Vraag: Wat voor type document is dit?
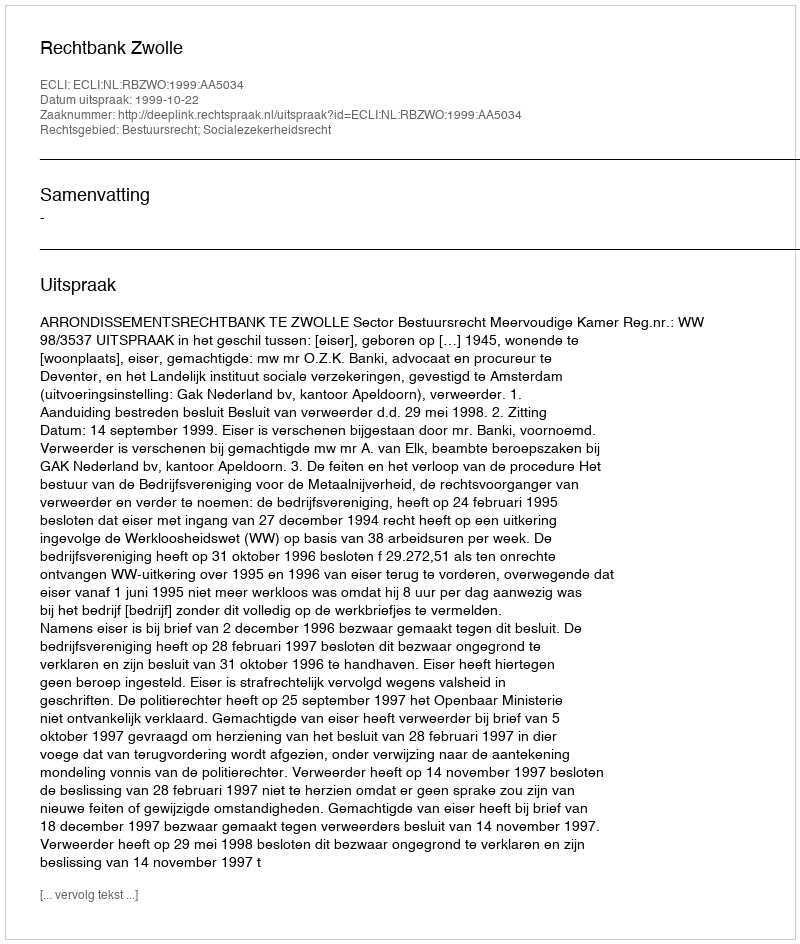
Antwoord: Uitspraak